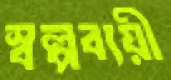
স্বল্পব্যয়ী